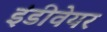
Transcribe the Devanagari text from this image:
इंडीवेयर